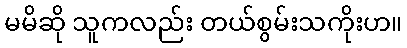
မမိဆို သူကလည်း တယ်စွမ်းသကိုးဟ။